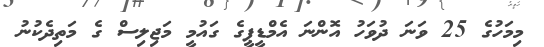
މިމަހުގެ 25 ވަނަ ދުވަހު އޮންނަ އެމްޑީޕީގެ ގައުމީ މަޖިލިސް ގެ މަތިދެކުނު